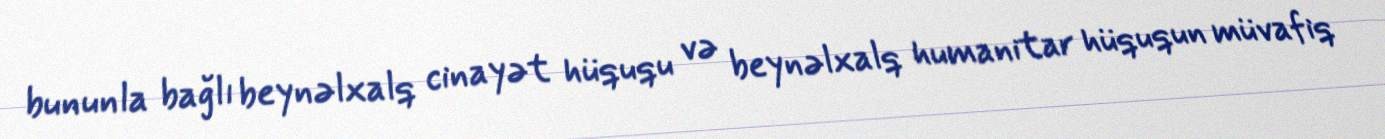
bununla bağlı beynəlxalq cinayət hüququ və beynəlxalq humanitar hüququn müvafiq